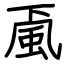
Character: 颪